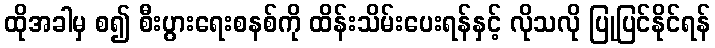
ထိုအခါမှ စ၍ စီးပွားရေးစနစ်ကို ထိန်းသိမ်းပေးရန်နှင့် လိုသလို ပြုပြင်နိုင်ရန်